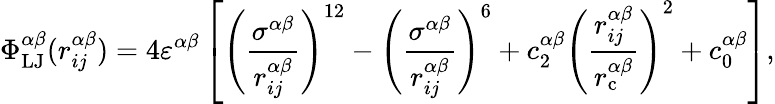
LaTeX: \Phi_{\mathrm{LJ}}^{\alpha\beta}(r_{ij}^{\alpha\beta})=4\varepsilon^{\alpha\beta}\left[\left(\frac{\sigma^{\alpha\beta}}{r_{ij}^{\alpha\beta}}\right)^{12}-\left(\frac{\sigma^{\alpha\beta}}{r_{ij}^{\alpha\beta}}\right)^{6}+c_{2}^{\alpha\beta}\left(\frac{r_{ij}^{\alpha\beta}}{r_{\mathrm{c}}^{\alpha\beta}}\right)^{2}+c_{0}^{\alpha\beta}\right],